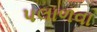
પલાળવા